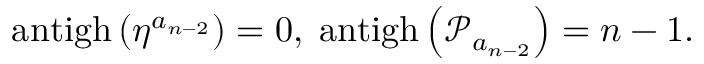
\mathrm { a n t i g h } \left( \eta ^ { a _ { n - 2 } } \right) = 0 , \; \mathrm { a n t i g h } \left( \mathcal { P } _ { a _ { n - 2 } } \right) = n - 1 .